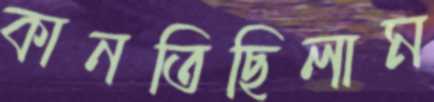
কানতিছিলাম